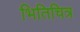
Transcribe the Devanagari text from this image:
भितिचित्र